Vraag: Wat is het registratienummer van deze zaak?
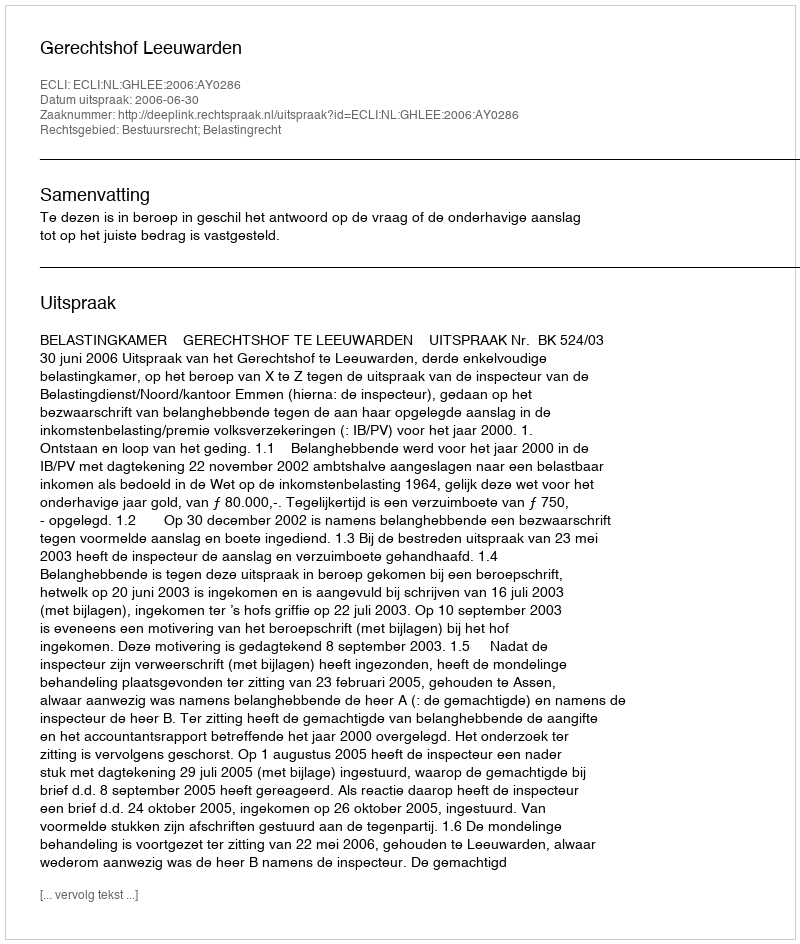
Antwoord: http://deeplink.rechtspraak.nl/uitspraak?id=ECLI:NL:GHLEE:2006:AY0286